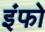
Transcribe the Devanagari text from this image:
इंफो